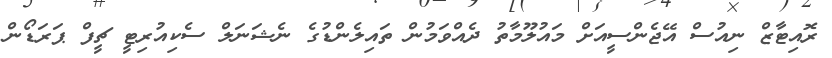
ރޮއިޓާޒް ނިއުސް އޭޖެންސީއަށް މައުލޫމާތު ދެއްވަމުން ތައިލެންޑުގެ ނެޝަނަލް ސެކިއުރިޓީ ޗީފް ޕަރަޑޯން